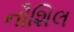
નૌશિલ